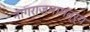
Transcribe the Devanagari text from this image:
नागराजमामंत्र्य